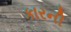
કારની